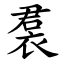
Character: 裠